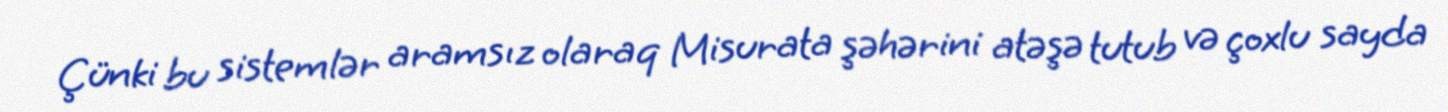
Çünki bu sistemlər aramsız olaraq Misurata şəhərini atəşə tutub və çoxlu sayda